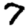
Digit: 7